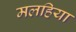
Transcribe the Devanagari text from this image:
मलहिया